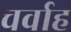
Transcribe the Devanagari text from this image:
चर्वाह